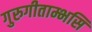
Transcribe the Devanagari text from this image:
गुरुगीताम्भसि